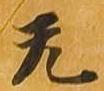
无